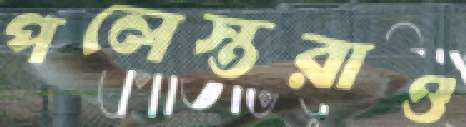
পলেস্তরাও